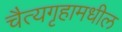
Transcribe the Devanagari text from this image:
चैत्यगृहामधील